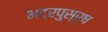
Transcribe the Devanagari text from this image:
भद्रपुस्र्ष